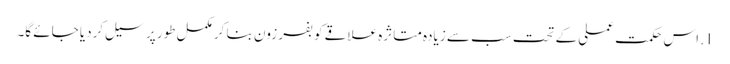
1. اس حکمت عملی کے تحت سب سے زیادہ متاثرہ علاقے کو بفر زون بنا کر مکمل طور پر سیل کردیا جائے گا۔